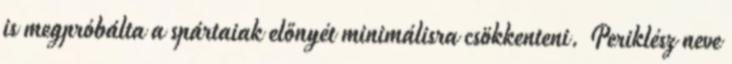
is megpróbálta a spártaiak előnyét minimálisra csökkenteni. Periklész neve